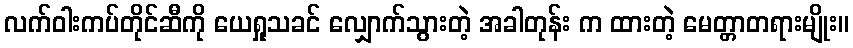
လက်ဝါးကပ်တိုင်ဆီကို ယေရှုသခင် လျှောက်သွားတဲ့ အခါတုန်း က ထားတဲ့ မေတ္တာတရားမျိုး။